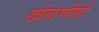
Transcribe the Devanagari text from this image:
खेळणीही